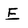
Character: E